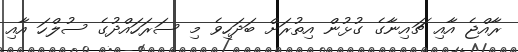
ރާއްޖެ އާއި ޗައިނާގެ ގުޅުން އިތުރަށް ބަދަހިވެ މި ސަރަހައްދުގެ ސުލްހަ އާއި